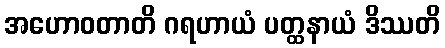
အဟောဝတာတိ ဂရဟာယံ ပတ္ထနာယံ ဒိဿတိ